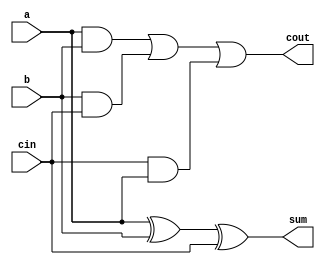
`timescale 1ns / 1ps
//////////////////////////////////////////////////////////////////////////////////
// Company: 
// Engineer: 
// 
// Design Name: 
// Module Name:    full_adder 
// Project Name: 
// Target Devices: 
// Tool versions: 
// Description: 
//
// Dependencies: 
//
// Revision: 
// Revision 0.01 - File Created
// Additional Comments: 
//
//////////////////////////////////////////////////////////////////////////////////
module full_adder(a,b,cin,sum,cout
    );
input a,b,cin;
output sum,cout;
wire sum,out;

assign sum = a^b^cin;
assign cout = (a&b)|(b&cin)|(cin&a);
endmodule